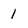
Character: I